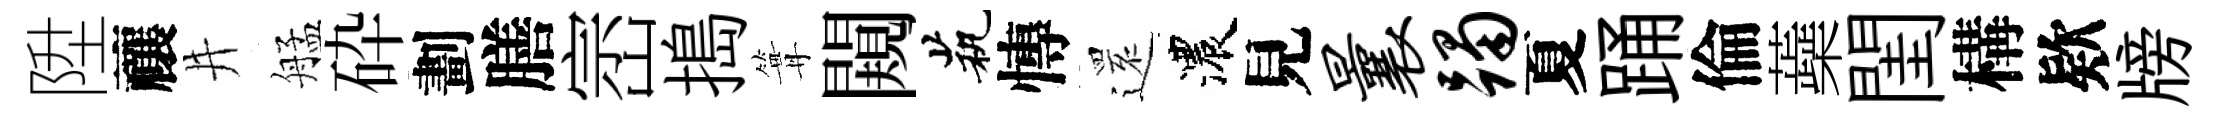
陞禳井艋砕劃膳崈搗篝闚茕慱𮟃濃見曩躅夏踊倫蘃閨構欵牓